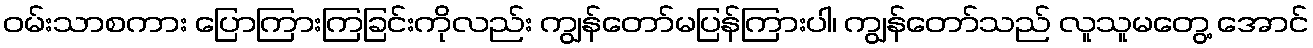
ဝမ်းသာစကား ပြောကြားကြခြင်းကိုလည်း ကျွန်တော်မပြန်ကြားပါ၊ ကျွန်တော်သည် လူသူမတွေ့ အောင်